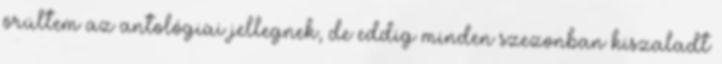
örültem az antológiai jellegnek, de eddig minden szezonban kiszaladt